Indian journal of veterinary science and animal husbandry - Volumes 22-23, 1952-1953
Year: 1952
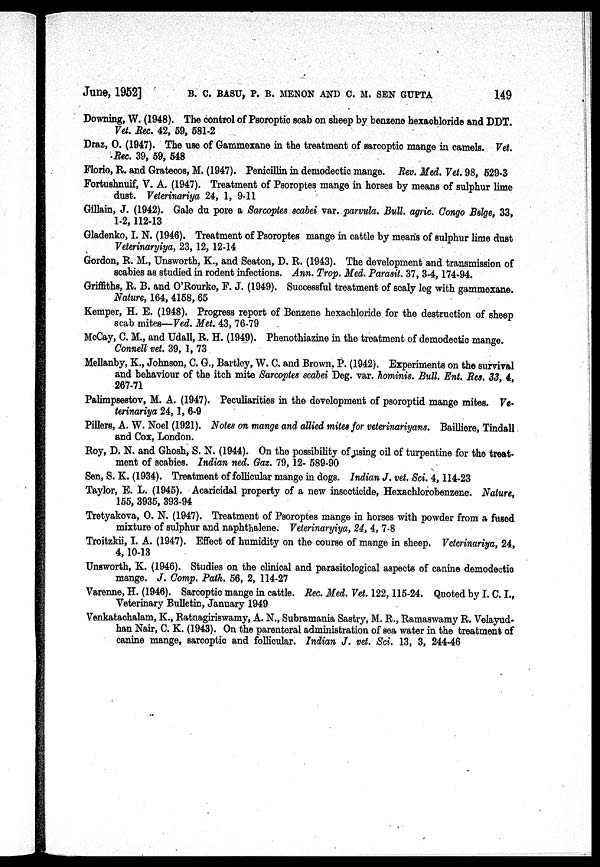
June, 1952]
B. C. BASU, P. B. MENON AND C. M. SEN GUPTA
149
Downing, W. (1948). The control of Psoroptic scab on sheep by benzene hexachloride and DDT.
Vet. Rec. 42, 59, 581-2
Draz, O. (1947). The use of Gammexane in the treatment of sarcoptic mange in camels. Vet.
Rec. 39, 59, 548
Florio, R. and Gratecos, M. (1947). Penicillin in demodectic mange. Rev. Med. Vet. 98, 529-3
Fortushnuif, V. A. (1947). Treatment of Psoroptes mange in horses by means of sulphur lime
dust. Veterinariya 24, 1, 9-11
Gillain, J. (1942). Gale du pore a Sarcoptes scabei var. parvula. Bull. agric. Congo Belge, 33,
1-2, 112-13
Gladenko, I. N. (1946). Treatment of Psoroptes mange in cattle by means of sulphur lime dust
Veterinaryiya, 23, 12, 12-14
Gordon, R. M., Unsworth, K., and Seaton, D. R. (1943). The development and transmission of
scabies as studied in rodent infections. Ann. Trop. Med. Parasit. 37, 3-4, 174-94.
Griffiths, R. B. and O'Rourke, P. J. (1949). Successful treatment of scaly leg with gammexane.
Nature, 164, 4158, 65
Kemper, H. E. (1948). Progress report of Benzene hexachloride for the destruction of sheep
scab mites—Ved. Met. 43, 76-79
McCay, C. M., and Udall, R. H. (1949). Phenothiazine in the treatment of demodectic mange.
Connell vet. 39, 1, 73
Mellanby, K., Johnson, C. G., Bartley, W. C. and Brown, P. (1942). Experiments on the survival
and behaviour of the itch mite Sarcoptes scabei Deg. var. hominis. Bull. Ent. Res. 33, 4,
267-71
Palimpsestov, M. A. (1947). Peculiarities in the development of psoroptid mange mites. Ve-
terinariya 24,1, 6-9
Pillers, A. W. Noel (1921). Notes on mange and allied mites for veterinariyans. Bailliere, Tindall,
and Cox, London.
Roy, D. N. and Ghosh, S. N. (1944). On the possibility of using oil of turpentine for the treat-
ment of scabies. Indian ned. Gaz. 79, 12- 589-90
Sen, S. K. (1934). Treatment of follicular mange in dogs. Indian J. vet. Sci. 4,114-23
Taylor, E. L. (1945). Acaricidal property of a new insecticide, Hexachlorobenzene. Nature,
155, 3935, 393-94
Tretyakova, O. N. (1947). Treatment of Psoroptes mange in horses with powder from a fused
mixture of sulphur and naphthalene. Veterinaryiya, 24, 4, 7-8
Troitzkii, I. A. (1947). Effect of humidity on the course of mange in sheep. Veterinariya, 24,
4, 10-13
Unsworth, K. (1946). Studies on the clinical and parasitological aspects of canine demodectic
mange. J. Comp. Path. 56, 2, 114-27
Varenne, H. (1946). Sarcoptic mange in cattle. Rec. Med. Vet. 122, 115-24. Quoted by I. C. I.,
Veterinary Bulletin, January 1949
Venkatachalam, K., Ratnagiriswamy, A. N., Subramania Sastry, M. R., Ramaswamy R. Velayud-
han Nair, C. K. (1943). On the parenteral administration of sea water in the treatment of
canine mange, sarcoptic and follicular. Indian J. vet. Sci. 13, 3, 244-46